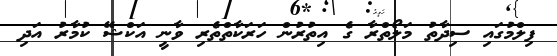
ފިލްމުގައި ސިދާތު މަލޯތްރާ ގެ އިތުރުން ހަރަކާތްތެރި ވާނީ އަކްޝޭ ކުމާރު އަދި